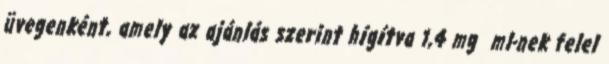
üvegenként, amely az ajánlás szerint hígítva 1,4 mg ml-nek felel